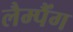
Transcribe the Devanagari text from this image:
लैम्पैंग